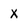
Character: X